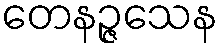
တေနဉ္ဇသေန